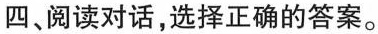
四、阅读对话，选择正确的答案。